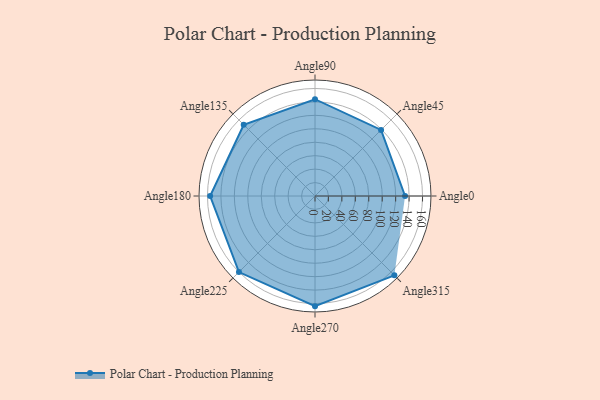
{"axis": {"x": "Angle", "y": "Radius"}, "legend": [""], "data": [{"x": "Angle0", "y": 134.0, "type": ""}, {"x": "Angle45", "y": 139.0, "type": ""}, {"x": "Angle90", "y": 144.0, "type": ""}, {"x": "Angle135", "y": 150.0, "type": ""}, {"x": "Angle180", "y": 156.0, "type": ""}, {"x": "Angle225", "y": 160.0, "type": ""}, {"x": "Angle270", "y": 164.0, "type": ""}, {"x": "Angle315", "y": 167.0, "type": ""}]}